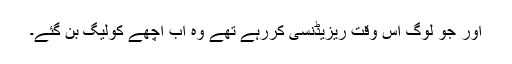
اور جو لوگ اس وقت ریزیڈنسی کررہے تھے وہ اب اچھے کولیگ بن گئے۔